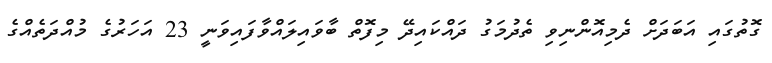
ގޮތުގައި އަބަދަށް ދެމިއޮންނިވި ތެދުމަގު ދައްކައިދޭ މިފޮތް ބާވައިލައްވާފައިވަނީ 23 އަހަރުގެ މުއްދަތެއްގެ